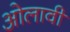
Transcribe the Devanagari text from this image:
ओलावी